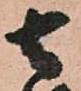
去